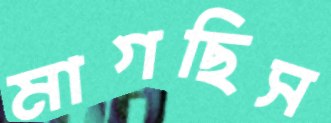
মাগছিস